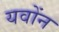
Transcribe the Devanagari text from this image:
यवोंन